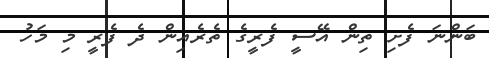
ބަންނަ ފެށި ތިން އޭސީ ފެރީގެ ތެރެއިން ދެ ފެރީ މި މަހު